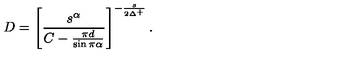
D = \left[ \frac { s ^ { \alpha } } { C - \frac { \pi d } { \sin \pi \alpha } } \right] ^ { - \frac { s } { 2 \Delta ^ { + } } } .